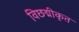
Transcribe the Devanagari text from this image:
विछद्मीकृत